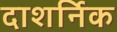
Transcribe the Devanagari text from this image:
दाशर्निक